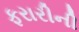
ફરારીની